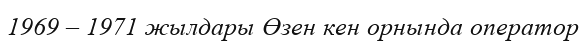
1969 – 1971 жылдары Өзен кен орнында оператор